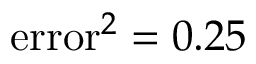
\mathrm { e r r o r } ^ { 2 } = 0 . 2 5